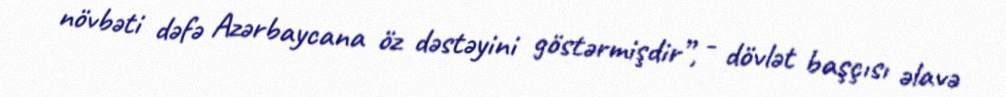
növbəti dəfə Azərbaycana öz dəstəyini göstərmişdir”, - dövlət başçısı əlavə